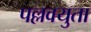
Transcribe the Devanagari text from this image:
पल्लवयुता